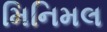
મિનિમલ